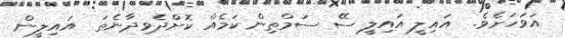
އަވަހަށެވެ.  އައިލީ އައިލީ ސޭ ސަމްތިން ކަމެއް ކޮށްދެވިދާނެތަ  އައިލީން